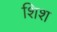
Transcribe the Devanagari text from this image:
शिश